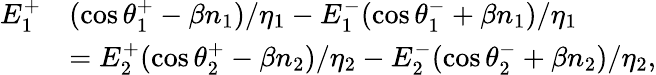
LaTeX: \begin{array}{rl}{E_{1}^{+}}&{(\cos\theta_{1}^{+}-\beta n_{1})/\eta_{1}-E_{1}^{-}(\cos\theta_{1}^{-}+\beta n_{1})/\eta_{1}}\\ &{=E_{2}^{+}(\cos\theta_{2}^{+}-\beta n_{2})/\eta_{2}-E_{2}^{-}(\cos\theta_{2}^{-}+\beta n_{2})/\eta_{2},}\end{array}